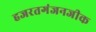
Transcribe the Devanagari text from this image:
हजरतगंजनजीक